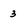
Character: 3